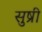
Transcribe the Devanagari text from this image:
सुष्री